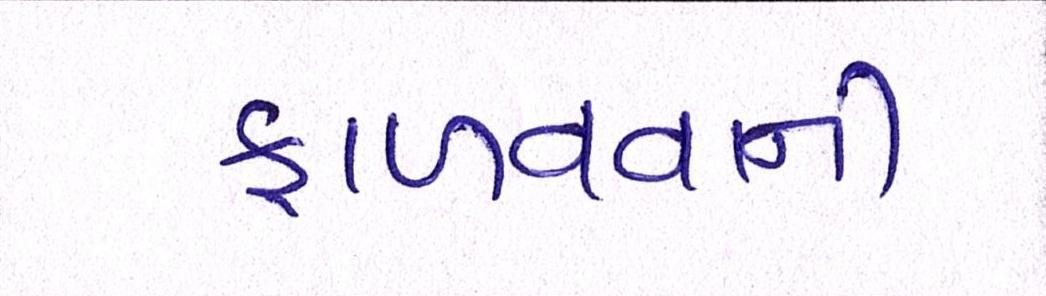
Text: ફાળવવાની